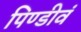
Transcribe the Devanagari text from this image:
पिण्डीवं